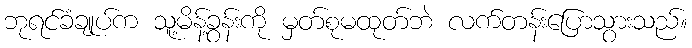
ဘုရင်ခံချုပ်က သူ့မိန့်ခွန်းကို မှတ်စုမထုတ်ဘဲ လက်တန်းပြောသွားသည်။